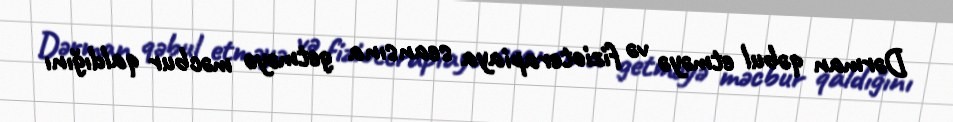
Dərman qəbul etməyə və fizioterapiaya seansına getməyə məcbur qaldığını